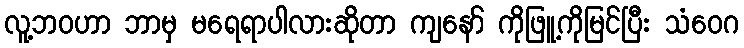
လူ့ဘဝဟာ ဘာမှ မရေရာပါလားဆိုတာ ကျနော် ကိုဖြူ့ကိုမြင်ပြီး သံဝေဂ